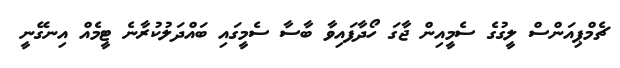
ޗެމްޕިއަންސް ލީގުގެ ސެމީއިން ޖާގަ ހޯދާފައިވާ ބާސާ ސެމީގައި ބައްދަލުކުރާނެ ޓީމެއް އިނގޭނީ